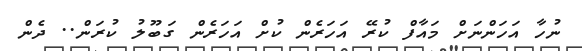
ނުހާ އަހަންނަށް މައާފް ކުރޭ އަހަރެން ކުށް އަހަރެން ގަބޫލު ކުރަން.. ދެން